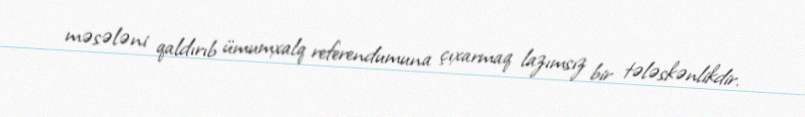
məsələni qaldırıb ümumxalq referendumuna çıxarmaq lazımsız bir tələskənlikdir.